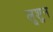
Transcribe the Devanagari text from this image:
लूशुन